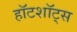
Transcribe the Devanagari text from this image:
हॉटशॉट्स